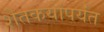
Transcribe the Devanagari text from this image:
शेतकयांपर्यंत